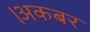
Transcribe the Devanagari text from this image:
।अकबर